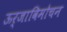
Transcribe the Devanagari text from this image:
ऊर्जाविमोचन